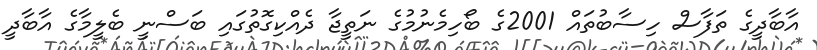
އާބާދީގެ ތަފާސް ހިސާބުތައް 2001ގެ ބޯހިމެނުމުގެ ނަތީޖާ ދެއްކިގޮތުގައި ބަސްނީ ބެލީމާގެ އާބާދީ